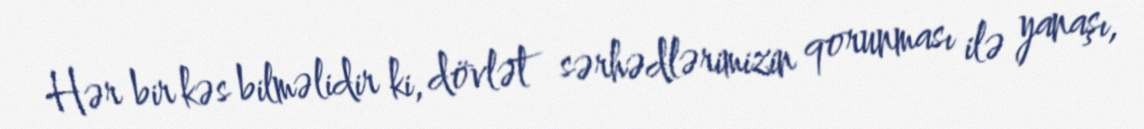
Hər bir kəs bilməlidir ki, dövlət sərhədlərimizin qorunması ilə yanaşı,